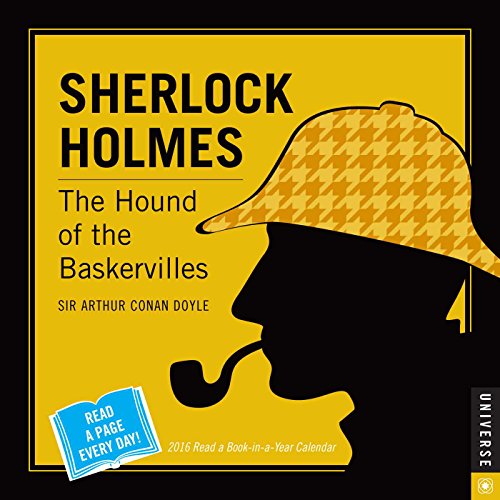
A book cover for Sherlock Holmes 2016 Read a Book-in-a-Year Day-to-Day Calendar: The Hound of the Baskervilles; Arthur Conan Doyle; Calendars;